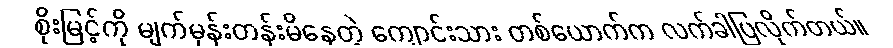
စိုးမြင့်ကို မျက်မှန်းတန်းမိနေတဲ့ ကျောင်းသား တစ်ယောက်က လက်ခါပြလိုက်တယ်။